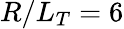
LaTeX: R/L_{T}=6